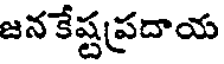
జన కేష్టప్రదాయ